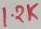
Text: 1.2K